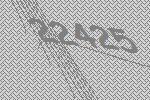
22425